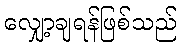
လျှော့ချရန်ဖြစ်သည်